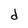
Character: d